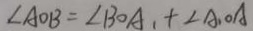
\angle A O B = \angle B O A _ { 1 } + \angle A _ { 1 } O A